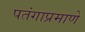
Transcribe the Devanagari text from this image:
पतंगाप्रमाणे